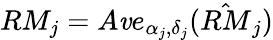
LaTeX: RM_{j}=A\mathit{v}e_{\alpha_{j},\delta_{j}}(\hat{{RM}}_{j})